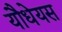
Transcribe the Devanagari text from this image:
यौधेयस